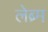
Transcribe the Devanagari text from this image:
लेब्र्म